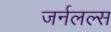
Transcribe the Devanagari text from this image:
जर्नलल्स